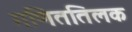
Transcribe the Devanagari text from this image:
गणिततिलक